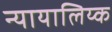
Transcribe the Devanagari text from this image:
न्यायालिय्क